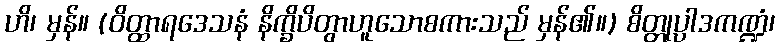
ဟိ၊ မှန်။ (ဝိတ္ထာရဒေသနံ နိက္ခိပိတွာဟူသောစကားသည် မှန်၏။) စိတ္တုပ္ပါဒကဏ္ဍံ၊